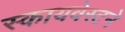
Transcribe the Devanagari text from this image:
स्कायवेस्टने